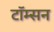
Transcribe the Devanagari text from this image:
टॉम्सन